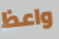
واعظ